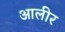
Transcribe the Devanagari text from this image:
आलीर